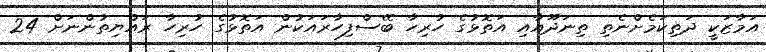
އަމާޒަކީ ދަތިކަމެށްނެތި ތިނަދޫއާއި އަތޮޅުގެ ހުރިހާ ބޭސްފިހާރައަކުން އަތޮޅުގެ ހުރިހާ ރައްޔިތުންނަށް 24